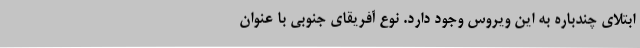
ابتلای چندباره به این ویروس وجود دارد. نوع آفریقای جنوبی با عنوان